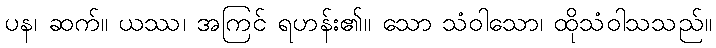
ပန၊ ဆက်။ ယဿ၊ အကြင် ရဟန်း၏။ သော သံဝါသော၊ ထိုသံဝါသသည်။